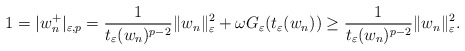
\begin{align*}1=|w_{n}^{+}|_{\varepsilon,p}=\frac{1}{t_{\varepsilon}(w_{n})^{p-2}}\|w_{n}\|_{\varepsilon}^{2}+\omega G_{\varepsilon}(t_{\varepsilon}(w_{n}))\ge\frac{1}{t_{\varepsilon}(w_{n})^{p-2}}\|w_{n}\|_{\varepsilon}^{2}.\end{align*}